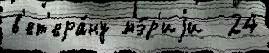
в'ет'ера́ну мэ́р'иjи  24